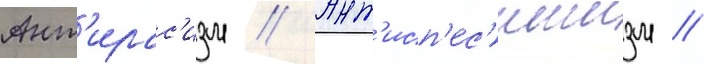
Ант'ирас'изм // Ант'исп'ес'ишизм //